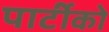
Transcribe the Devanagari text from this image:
पार्टीको